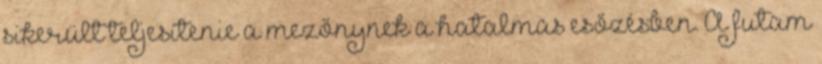
sikerült teljesítenie a mezőnynek a hatalmas esőzésben. A futam